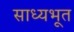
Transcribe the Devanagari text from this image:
साध्यभूत